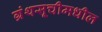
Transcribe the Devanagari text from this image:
ग्रंथसूचीमधील